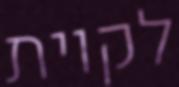
לקוית